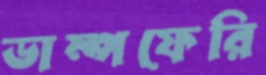
ডাম্পফেরি